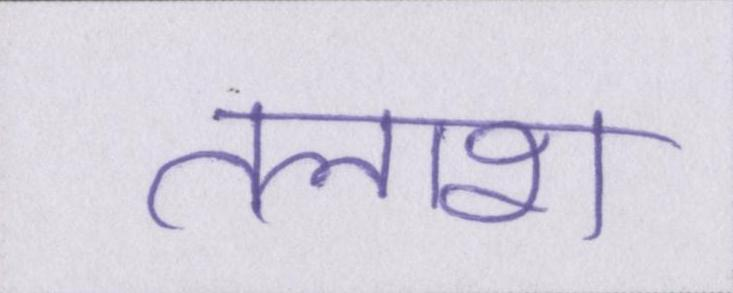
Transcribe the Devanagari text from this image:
तलाश